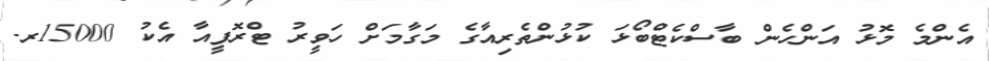
އެންމެ މޮޅު އަންހެން ބާސްކެޓްބޯޅަ ކުޅުންތެރިއާގެ މަގާމަށް ހަވީރު ޓްރޮފީއާ އެކު 15000ރ.